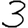
Digit: 3